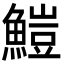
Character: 䱺